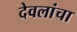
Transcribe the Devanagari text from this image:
देवलांचा